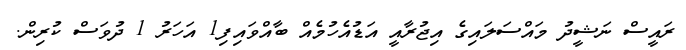
ރައީސް ނަޝީދު މައްސަލައިގެ އިޖުރާއީ އަޑުއެހުމެއް ބާއްވައިފި1 އަހަރު 1 ދުވަސް ކުރިން.